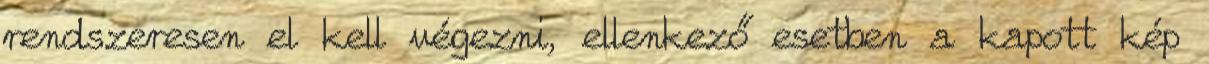
rendszeresen el kell végezni, ellenkező esetben a kapott kép